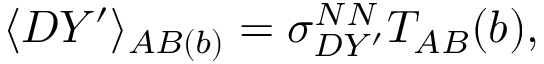
\langle D Y ^ { \prime } \rangle _ { A B ( b ) } = \sigma _ { D Y ^ { \prime } } ^ { N N } T _ { A B } ( b ) ,